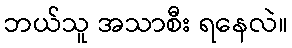
ဘယ်သူ အသာစီး ရနေလဲ။